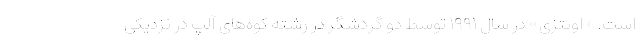
است. «اوئتزی» در سال ۱۹۹۱ توسط دو گردشگر در رشته کوه‌های آلپ در نزدیکی